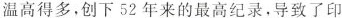
温高得多，创下52年来的最高纪录，导致了印